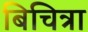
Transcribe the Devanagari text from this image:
बिचित्रा